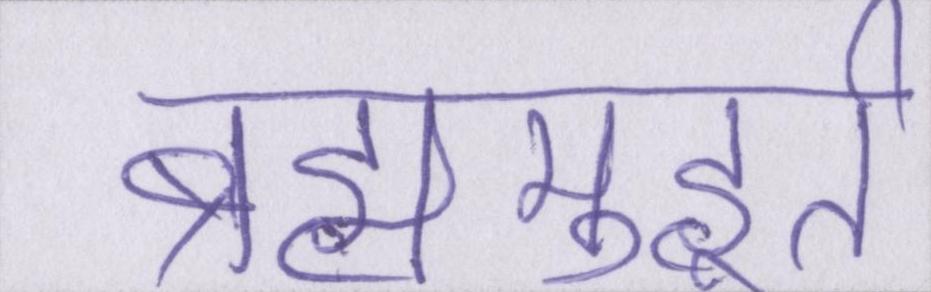
ब्रह्ममुहूर्त